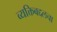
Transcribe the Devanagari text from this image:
व्यक्तिबद्दलचा